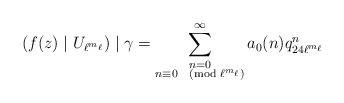
LaTeX: \begin{align*}(f(z)\mid U_{\ell^{m_\ell}})\mid\gamma=\sum_{\substack{n=0\\n\equiv 0\pmod{\ell^{m_{\ell}}}}}^{\infty}a_0(n)q_{24\ell^{m_\ell}}^{n}\end{align*}